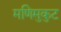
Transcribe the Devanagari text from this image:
मणिमुकुट